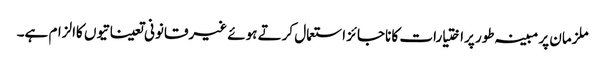
ملزمان پر مبینہ طور پراختیارات کا ناجائز استعمال کرتے ہوئے غیرقانونی تعیناتیوں کاالزام ہے۔